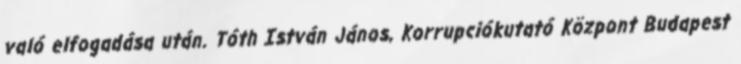
való elfogadása után. Tóth István János, Korrupciókutató Központ Budapest